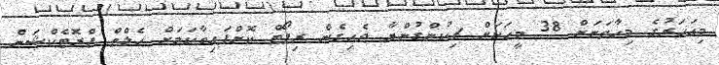
މިއަހަރުގެ މިހާތަނަށް 38 މީހަކަށް ޗިކުންގުންޔާ ޖެހިގެން ރިޕޯޓް ކޮށްފައިވާކަމަށް ހެލްތް ޕްރޮޓެކްޝަން